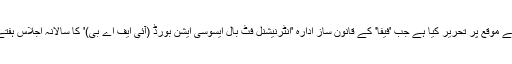
مسٹر لیمکے نے یہ خط ایک ایسے موقع پر تحریر کیا ہے جب 'فیفا' کے قانون ساز ادارہ 'انٹرنیشنل فٹ بال ایسوسی ایشن بورڈ (آئی ایف اے بی)' کا سالانہ اجلاس ہفتے کو انگلینڈ میں منعقد ہورہا ہے۔